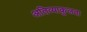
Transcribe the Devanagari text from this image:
अतिव्याकुलता